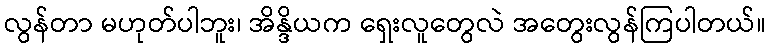
လွန်တာ မဟုတ်ပါဘူး၊ အိန္ဒိယက ရှေးလူတွေလဲ အတွေးလွန်ကြပါတယ်။